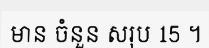
មាន ចំនួន សរុប 15 ។